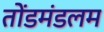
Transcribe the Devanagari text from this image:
तोंडमंडलम